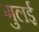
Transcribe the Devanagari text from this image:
गुलई